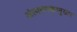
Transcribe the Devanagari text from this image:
अंत्ययमकानुसार